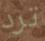
ترد